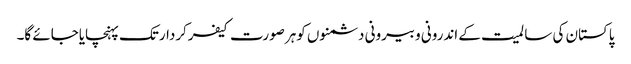
پاکستان کی سا لمیت کے اندرونی وبیرونی دشمنوں کوہرصورت کیفرکردارتک پہنچایاجائے گا۔